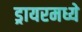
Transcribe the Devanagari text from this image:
ड्रायरमध्ये